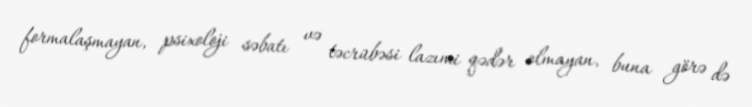
formalaşmayan, psixoloji səbatı və təcrübəsi lazımi qədər olmayan, buna görə də